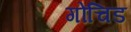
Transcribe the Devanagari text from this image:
गोचिड